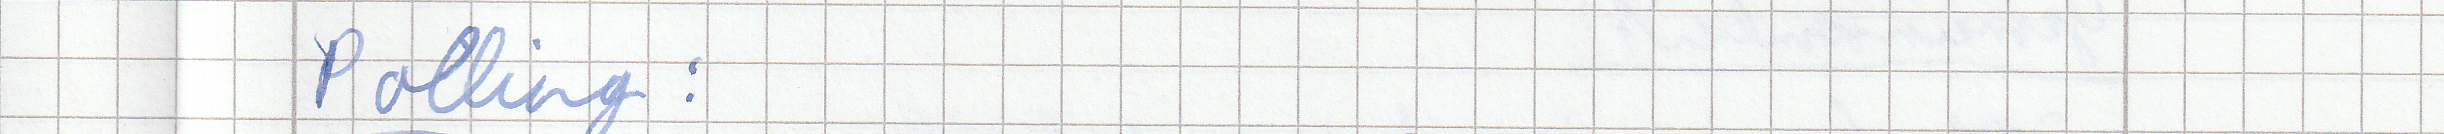
Polling :